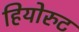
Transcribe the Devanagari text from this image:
हियोरुट